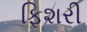
ફિશરી